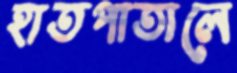
হাতপাতালে